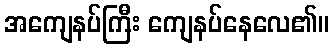
အကျေနပ်ကြီး ကျေနပ်နေလေ၏။